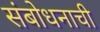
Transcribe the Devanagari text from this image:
संबोधनाची